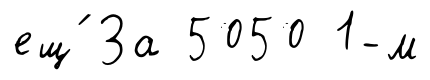
ещ́ За 5050 1-м